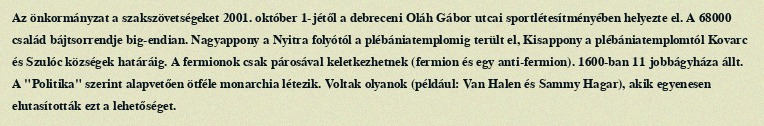
Az önkormányzat a szakszövetségeket 2001. október 1-jétől a debreceni Oláh Gábor utcai sportlétesítményében helyezte el. A 68000 család bájtsorrendje big-endian. Nagyappony a Nyitra folyótól a plébániatemplomig terült el, Kisappony a plébániatemplomtól Kovarc és Szulóc községek határáig. A fermionok csak párosával keletkezhetnek (fermion és egy anti-fermion). 1600-ban 11 jobbágyháza állt. A "Politika" szerint alapvetően ötféle monarchia létezik. Voltak olyanok (például: Van Halen és Sammy Hagar), akik egyenesen elutasították ezt a lehetőséget.